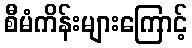
စီမံကိန်းများကြောင့်